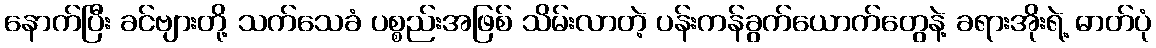
နောက်ပြီး ခင်ဗျားတို့ သက်သေခံ ပစ္စည်းအဖြစ် သိမ်းလာတဲ့ ပန်းကန်ခွက်ယောက်တွေနဲ့ ခရားအိုးရဲ့ ဓာတ်ပုံ